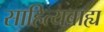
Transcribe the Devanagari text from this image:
साहित्यबाह्य